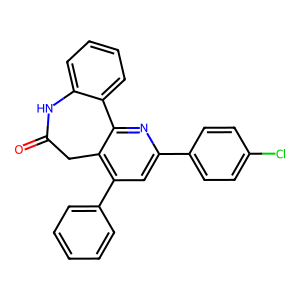
SMILES: O=C1Cc2c(-c3ccccc3)cc(-c3ccc(Cl)cc3)nc2-c2ccccc2N1
Inhibits HIV replication: No